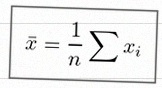
\bar{x}=\frac1n\sum x_i